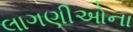
લાગણીઓના